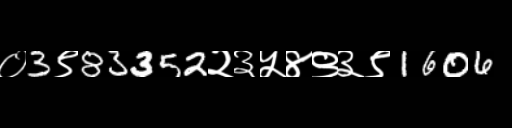
Text: ०3९83352२३५४९३९1606